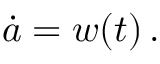
\dot { a } = w ( t ) \, .